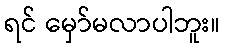
ရင် မှော်မလာပါဘူး။